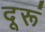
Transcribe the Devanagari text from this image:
दूरूं